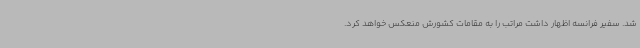
شد. سفیر فرانسه اظهار داشت مراتب را به مقامات کشورش منعکس خواهد کرد.